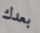
بعدك